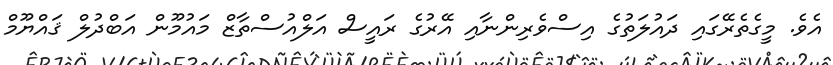
އެވެ. މީގެތެރޭގައި ދައުލަތުގެ އިސްވެރިންނާއި އޭރުގެ ރައީސް އަލްއުސްތާޒް މައުމޫން އަބްދުލް ޤައްޔޫމް